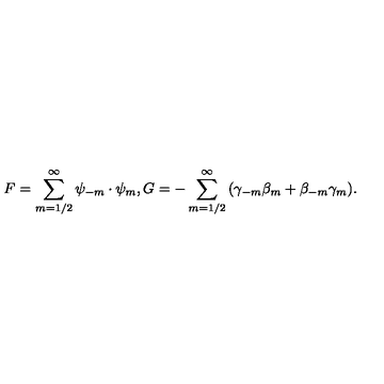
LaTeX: { F } = { \sum _ { m = 1 / 2 } ^ { \infty } \psi _ { - m } \cdot \psi _ { m } } , { G } = { - \sum _ { m = 1 / 2 } ^ { \infty } \left( \gamma _ { - m } \beta _ { m } + \beta _ { - m } \gamma _ { m } \right) } .